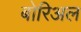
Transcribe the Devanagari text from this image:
बोरिअल